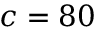
c = 8 0